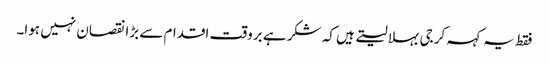
فقط یہ کہہ کر جی بہلا لیتے ہیں کہ شکر ہے بروقت اقدام سے بڑا نقصان نہیں ہوا۔